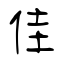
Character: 佳